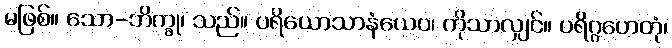
မဖြစ်။ သော-ဘိက္ခု၊ သည်။ ပရိယောသာနံယေဝ၊ ကိုသာလျှင်။ ပရိဂ္ဂဟေတုံ၊